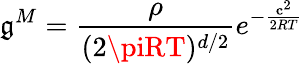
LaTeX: \mathfrak{g}^{M}=\frac{{\rho}}{{(2\piRT)^{d/2}}}e^{-\frac{{\mathbf{c}^{2}}}{{2RT}}}